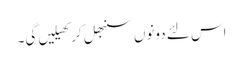
اس لئے دونوں سنبھل کر کھیلیں گی۔